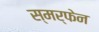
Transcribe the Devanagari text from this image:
स्मर्फेन